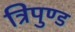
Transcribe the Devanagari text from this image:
त्रिपुण्ड